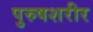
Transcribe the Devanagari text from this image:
पुरुषशरीर